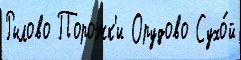
Рылово Порожк'и Орудово Сухо́й